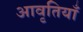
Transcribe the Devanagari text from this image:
अावृतियाँ